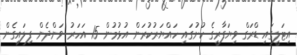
އިޓަލީގައި ޑްރަގް ވިޔަފާރީގެ ކުށުގައި ހައްޔަރުކުރަން އުޅުމުން 15 އަހަރު ވަންދެން ފިލައިގެން